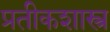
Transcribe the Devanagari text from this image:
प्रतीकशास्त्र